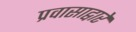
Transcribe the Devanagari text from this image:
प्रवासाद्वारे